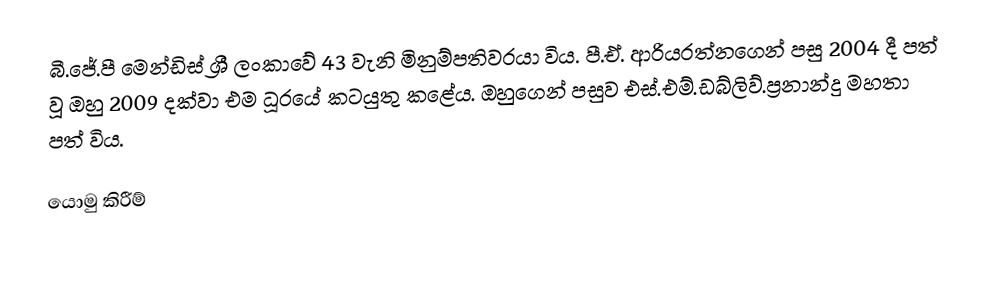
බී.ජේ.පී මෙන්ඩිස් ශ්‍රී ලංකාවේ 43 වැනි මිනුම්පතිවරයා විය. පී.ඒ. ආරියරත්නගෙන් පසු 2004 දී පත් වූ ඔහු 2009 දක්වා එම ධූරයේ කටයුතු කළේය. ඔහුගෙන් පසුව එස්.එම්.ඩබ්ලිව්.ප්‍රනාන්දු මහතා පත් විය.

යොමු කිරීම්